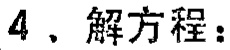
4、解方程：